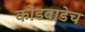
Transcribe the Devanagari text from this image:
कोंडवाडेच